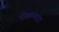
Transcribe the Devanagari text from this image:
रोकण्यात